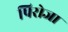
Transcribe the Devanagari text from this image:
पिरोजा